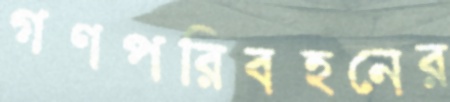
গণপরিবহনের